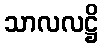
သာလလဋ္ဌိ